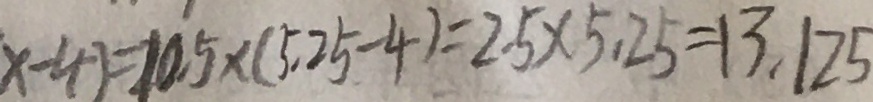
x - 4 ) = 1 0 . 5 \times ( 5 . 2 5 - 4 ) = 2 . 5 \times 5 . 2 5 = 1 3 . 1 2 5